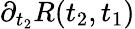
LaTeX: \partial_{t_{2}}R(t_{2},t_{1})